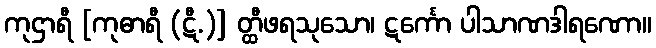
ကုဌာရီ [ကုဓာရီ (ဋီ.)] တ္ထီဖရသုသော၊ ဋင်္ကော ပါသာဏဒါရဏော။